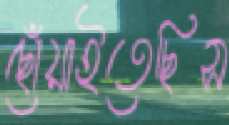
ছোঁয়াইতেছিস